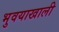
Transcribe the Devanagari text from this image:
भुवयाखाली